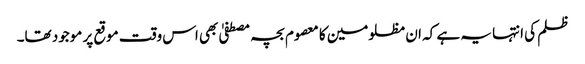
ظلم کی انتہا یہ ہے کہ ان مظلومین کا معصوم بچہ مصطفیٰ بھی اس وقت موقع پر موجود تھا۔